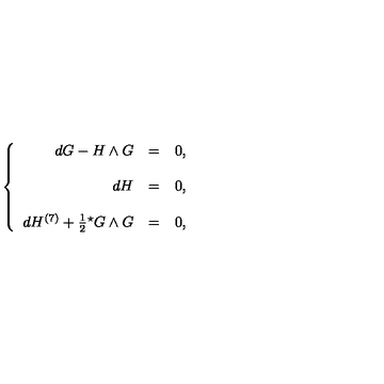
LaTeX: \left\{ \begin{array} { r c l } { d G - H \wedge G } & { = } & { 0 , } \\ { } & { } & { } \\ { d H } & { = } & { 0 , } \\ { } & { } & { } \\ { d H ^ { ( 7 ) } + \frac { 1 } { 2 } { } ^ { \star } G \wedge G } & { = } & { 0 , } \\ \end{array} \right.